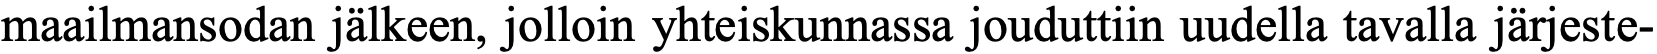
maailmansodan jälkeen, jolloin yhteiskunnassa jouduttiin uudella tavalla järjeste-